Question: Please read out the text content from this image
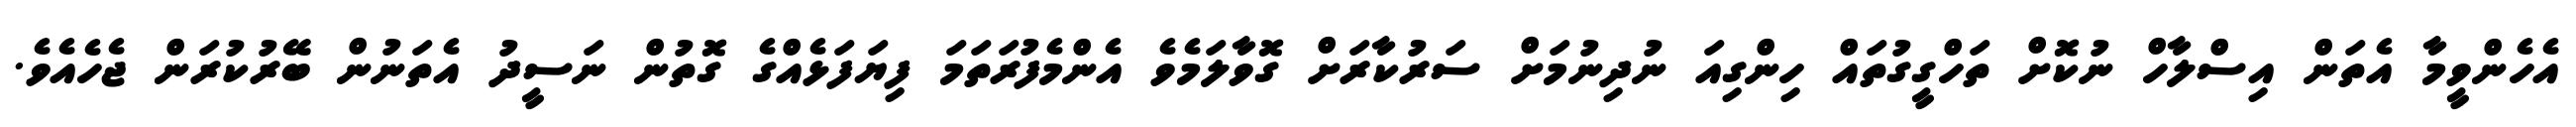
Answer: އެހެންވީމާ އެތަން އިސްލާހް ނުކޮށް ތަހްގީގުތައް ހިންގިއަ ނުދިނުމަށް ސަރުކާރަށް ގޮވާލަމެވެ އެންމެފުރަތަމަ ފިޔަފަޅެއްގެ ގޮތުން ނަސީދު އެތަނުން ބޭރުކުރަން ޖެހެއެވެ.